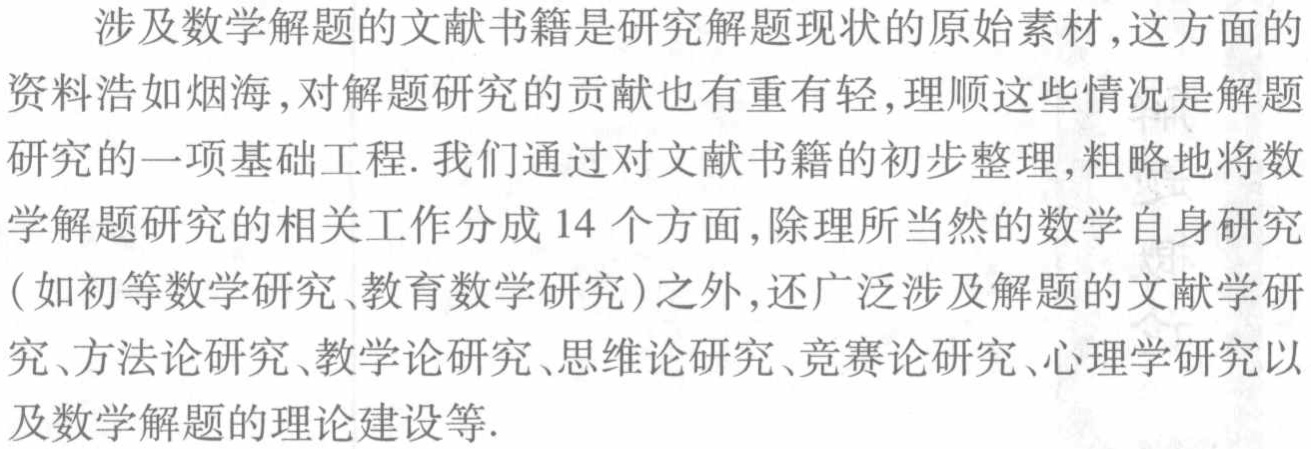
涉及数学解题的文献书籍是研究解题现状的原始素材,这方面的
资料浩如烟海,对解题研究的贡献也有重有轻,理顺这些情况是解题
研究的一项基础工程. 我们通过对文献书籍的初步整理,粗略地将数
学解题研究的相关工作分成14 个方面,除理所当然的数学自身研究
(如初等数学研究、教育数学研究)之外,还广泛涉及解题的文献学研
究、方法论研究、教学论研究、思维论研究、竞赛论研究、心理学研究以
及数学解题的理论建设等.